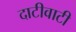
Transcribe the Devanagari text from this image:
दाटीवाटी